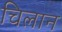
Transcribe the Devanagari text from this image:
चिलान